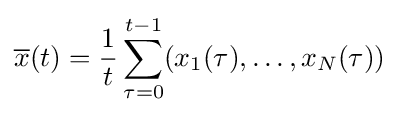
{\overline {x}}(t)={\frac {1}{t}}\sum _{\tau =0}^{t-1}(x_{1}(\tau ),\ldots ,x_{N}(\tau ))